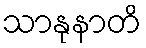
သာနုနာတိ